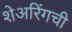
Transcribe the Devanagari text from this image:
शेअरिंगची